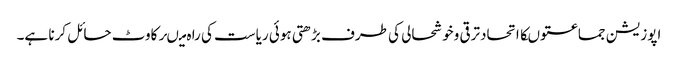
اپوزیشن جماعتوںکااتحادترقی وخوشحالی کی طرف بڑھتی ہوئی ریاست کی را ہ میںرکاوٹ حائل کرنا ہے۔